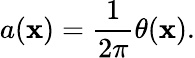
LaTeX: a({\mathbf x})=\frac{1}{2\pi}\theta({\mathbf x}).